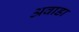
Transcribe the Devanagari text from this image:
अवाडा